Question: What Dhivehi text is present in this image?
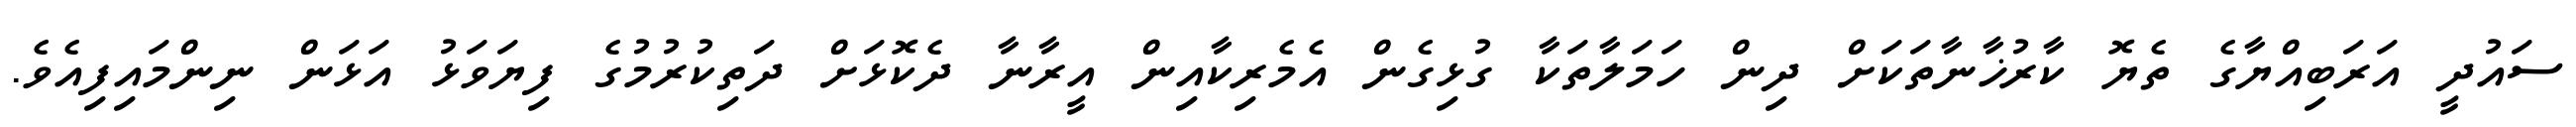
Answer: ސައުދީ އަރަބިއްޔާގެ ތެޔޮ ކާރުޚާނާތަކަށް ދިން ހަމަލާތަކާ ގުޅިގެން އެމެރިކާއިން އީރާނާ ދެކޮޅަށް ދަތިކުރުމުގެ ފިޔަވަޅު އަޅަން ނިންމައިފިއެވެ.